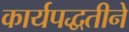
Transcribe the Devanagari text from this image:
कार्यपद्धतीने